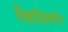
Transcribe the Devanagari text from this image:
सैह्याद्रिवर्णन